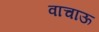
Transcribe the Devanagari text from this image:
वाचाऊ